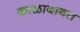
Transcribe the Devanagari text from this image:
काळाबाबत